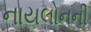
નાયલોનની